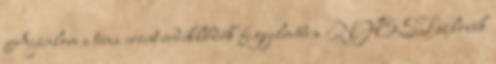
Ajánlom a téma iránt érdeklődők figyelmébe a NYEST szlovák